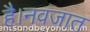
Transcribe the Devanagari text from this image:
है।नवजात